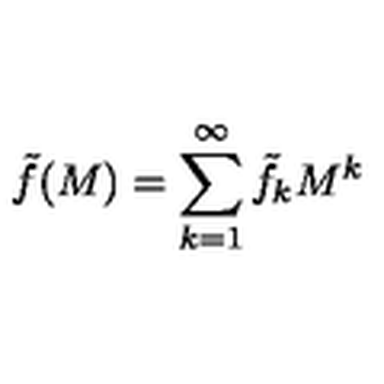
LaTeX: \tilde { f } ( M ) = \sum _ { k = 1 } ^ { \infty } \tilde { f } _ { k } M ^ { k }